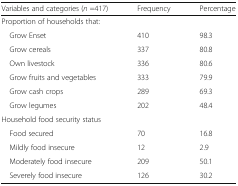
<table><thead><tr><td><b>Variables and categories (<i>n</i> =417)</b></td><td><b>Frequency</b></td><td><b>Percentage</b></td></tr></thead><tbody><tr><td colspan="3">Proportion of households that:</td></tr><tr><td> Grow Enset</td><td>410</td><td>98.3</td></tr><tr><td> Grow cereals</td><td>337</td><td>80.8</td></tr><tr><td> Own livestock</td><td>336</td><td>80.6</td></tr><tr><td> Grow fruits and vegetables</td><td>333</td><td>79.9</td></tr><tr><td> Grow cash crops</td><td>289</td><td>69.3</td></tr><tr><td> Grow legumes</td><td>202</td><td>48.4</td></tr><tr><td colspan="3">Household food security status</td></tr><tr><td> Food secured</td><td>70</td><td>16.8</td></tr><tr><td> Mildly food insecure</td><td>12</td><td>2.9</td></tr><tr><td> Moderately food insecure</td><td>209</td><td>50.1</td></tr><tr><td> Severely food insecure</td><td>126</td><td>30.2</td></tr></tbody></table>